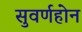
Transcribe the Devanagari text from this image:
सुवर्णहोन